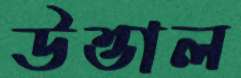
উত্তাল